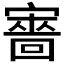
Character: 𡫆